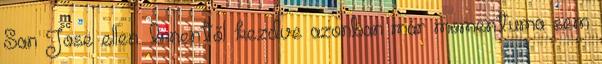
San Jose ellen. Innentől kezdve azonban már momentuma sem